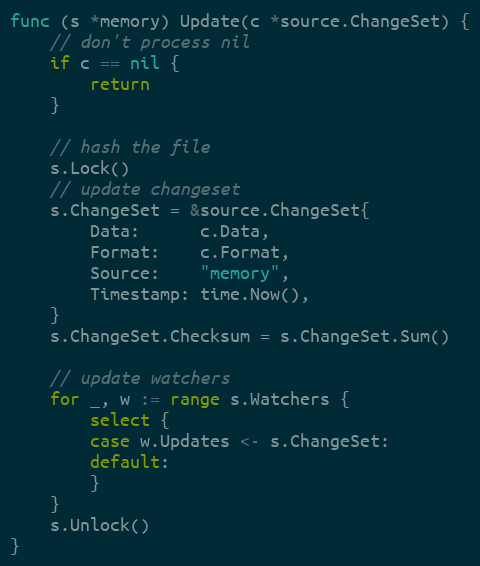
Language: Go
func (s *memory) Update(c *source.ChangeSet) {
	// don't process nil
	if c == nil {
		return
	}

	// hash the file
	s.Lock()
	// update changeset
	s.ChangeSet = &source.ChangeSet{
		Data:      c.Data,
		Format:    c.Format,
		Source:    "memory",
		Timestamp: time.Now(),
	}
	s.ChangeSet.Checksum = s.ChangeSet.Sum()

	// update watchers
	for _, w := range s.Watchers {
		select {
		case w.Updates <- s.ChangeSet:
		default:
		}
	}
	s.Unlock()
}